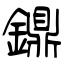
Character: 鐤